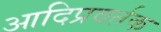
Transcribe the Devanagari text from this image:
आदिप्रवर्तक